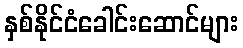
နှစ်နိုင်ငံခေါင်းဆောင်များ